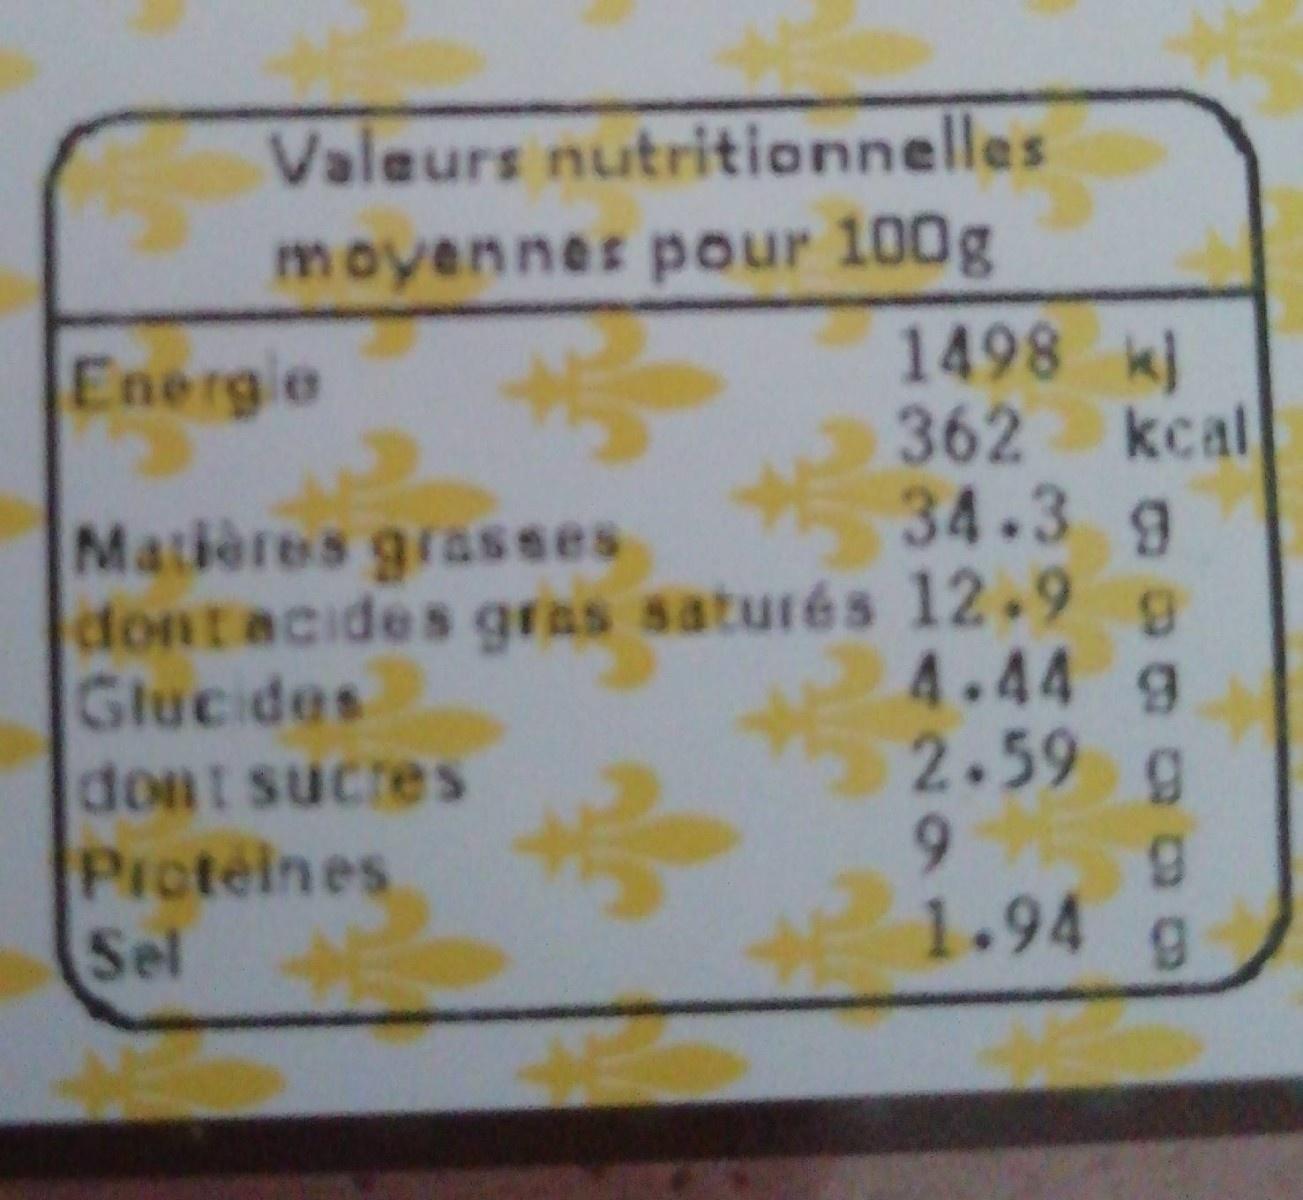
Valeurs nutritionnelles
moyennes pour 100g 1498 k 362 kcal 34.39
Energie
Matières grasses dontacides gras saturés 12-9 g Glucides
4.44 g 2.59 g 9.
dont sucres Pictéines Sel
6. 1.94 g
%24